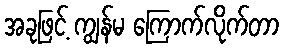
အခုဖြင့် ကျွန်မ ကြောက်လိုက်တာ